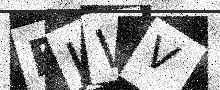
Text: FJWV